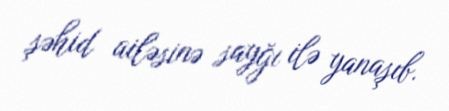
şəhid ailəsinə sayğı ilə yanaşıb.